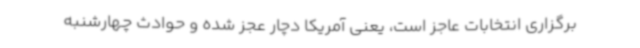
برگزاری انتخابات عاجز است، یعنی آمریکا دچار عجز شده و حوادث چهارشنبه